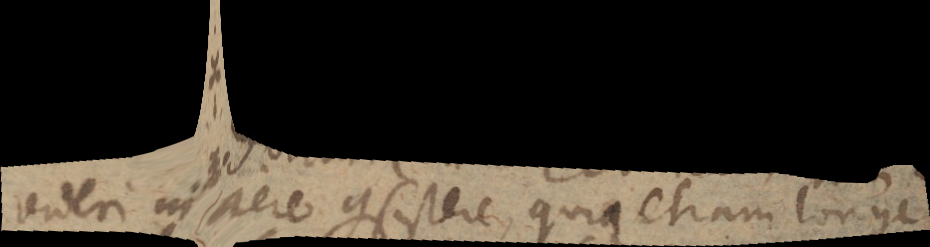
videri in aere consistere, quia etiam longe